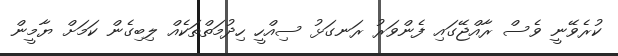
ކުރެވޭނީ ވެސް ރާއްޖޭގައި ފެންވަރު ރަނގަޅު ސިއްހީ ހިދުމަތްތަކެއް ލިބިގެން ކަމަށް ޔާމީން